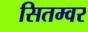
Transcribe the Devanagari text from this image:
सितम्वर